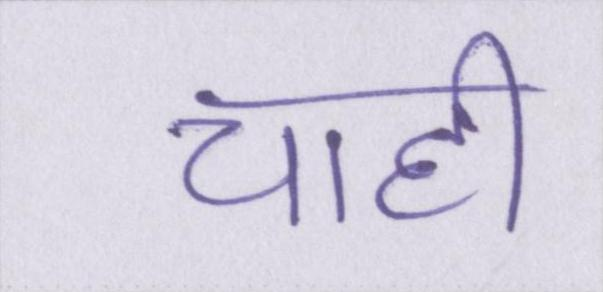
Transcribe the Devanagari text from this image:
चाही